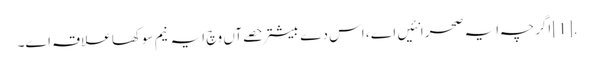
.[1] اگرچہ ایہ صحرا نئیں اے ، اس دے بیشتر حصےآں وچ ایہ نیم سوکھا علاقہ ا‏‏ے۔